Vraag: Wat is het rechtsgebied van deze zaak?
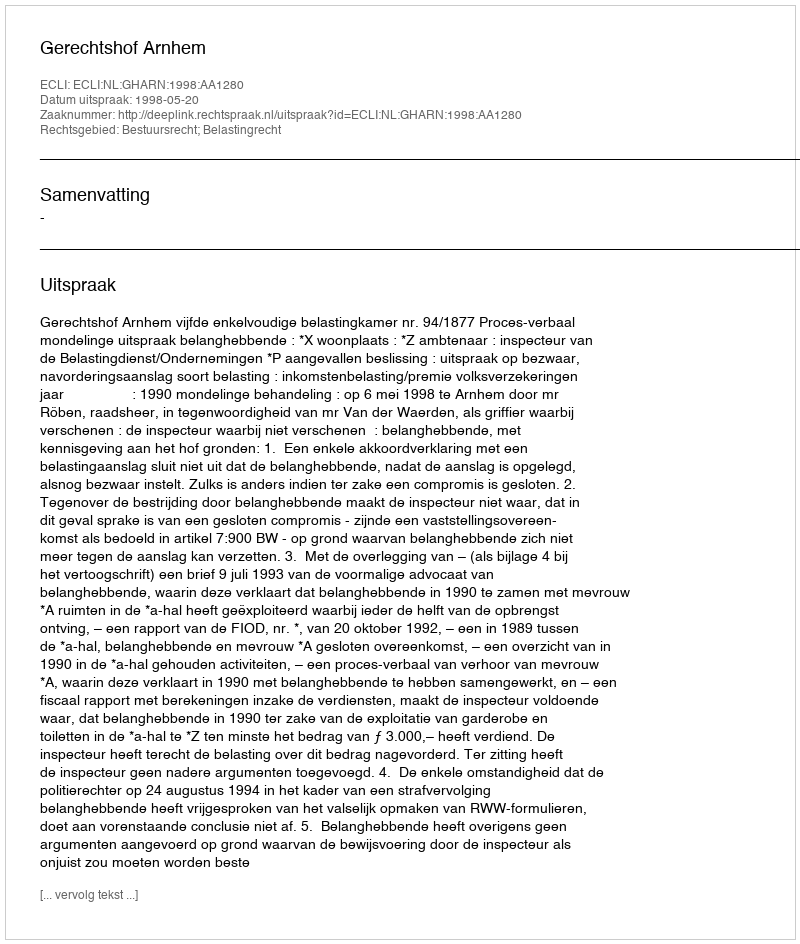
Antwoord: Bestuursrecht; Belastingrecht